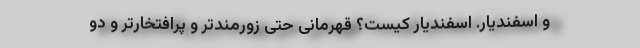
و اسفندیار. اسفندیار کیست؟ قهرمانی حتی زورمندتر و پرافتخارتر و دو